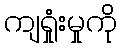
ကျရှုံးမှုကို